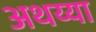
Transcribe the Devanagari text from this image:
अथय्या